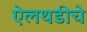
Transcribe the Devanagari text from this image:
ऐलथडीचे